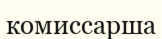
комиссарша